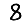
Digit: 8